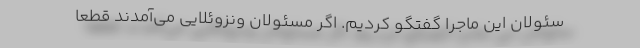
سئولان این ماجرا گفتگو کردیم. اگر مسئولان ونزوئلایی می‌آمدند قطعا